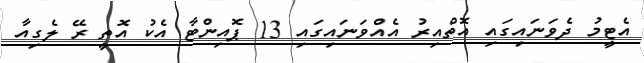
އެޓީމު ދެވަނައިގައި އޮތްއިރު އެއްވަނައިގައި 13 ޕޮއިންޓާ އެކު އޮތީ ރޭ ލެގިއާ